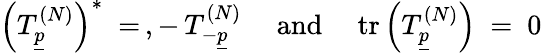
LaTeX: \left(T_{\underline{{{p}}}}^{(N)}\right)^{*}\ =\, ,-\, T_{-\underline{{{p}}}}^{(N)}\ \quad\mathrm{and}\quad\ \mathrm{tr}\left(T_{\underline{{{p}}}}^{(N)}\right)\ =\ 0